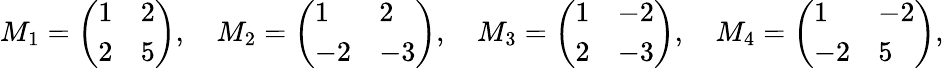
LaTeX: M_{1}=\left(\begin{array}{ll}{1}&{2}\\ {2}&{5}\end{array}\right),\quad M_{2}=\left(\begin{array}{ll}{1}&{2}\\ {-2}&{-3}\end{array}\right),\quad M_{3}=\left(\begin{array}{ll}{1}&{-2}\\ {2}&{-3}\end{array}\right),\quad M_{4}=\left(\begin{array}{ll}{1}&{-2}\\ {-2}&{5}\end{array}\right),